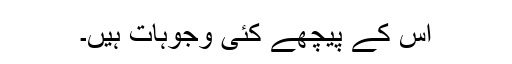
اس کے پیچھے کئی وجوہات ہیں۔